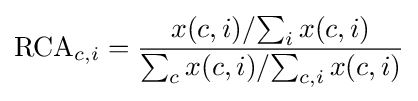
{\text{RCA}}_{c,i}={\frac {{x(c,i)}/{\sum _{i}x(c,i)}}{{\sum _{c}x(c,i)}/{\sum _{c,i}x(c,i)}}}